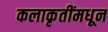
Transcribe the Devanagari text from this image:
कलाकृतींमधून